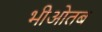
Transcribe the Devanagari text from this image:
भीओतब